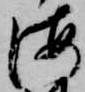
海